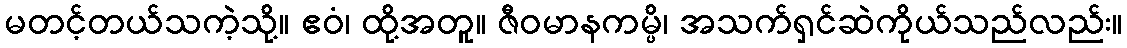
မတင့်တယ်သကဲ့သို့။ ဧဝံ၊ ထို့အတူ။ ဇီဝမာနကမ္ပိ၊ အသက်ရှင်ဆဲကိုယ်သည်လည်း။